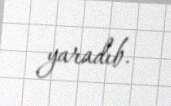
yaradıb.